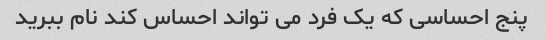
پنج احساسی که یک فرد می تواند احساس کند نام ببرید